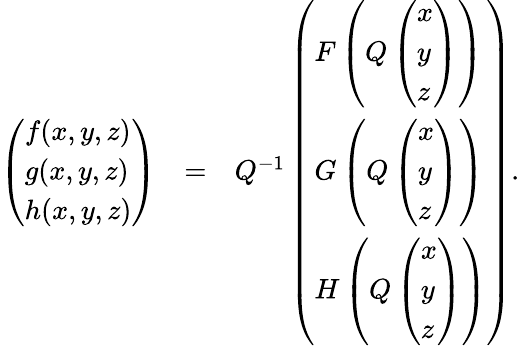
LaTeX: \begin{array}{rlr}{\left(\begin{array}{l}{f(x,y,z)}\\ {g(x,y,z)}\\ {h(x,y,z)}\end{array}\right)}&{=}&{Q^{-1}\left(\begin{array}{l}{F\left(Q\left(\begin{array}{l}{x}\\ {y}\\ {z}\end{array}\right)\right)}\\ {G\left(Q\left(\begin{array}{l}{x}\\ {y}\\ {z}\end{array}\right)\right)}\\ {H\left(Q\left(\begin{array}{l}{x}\\ {y}\\ {z}\end{array}\right)\right)}\end{array}\right).}\end{array}